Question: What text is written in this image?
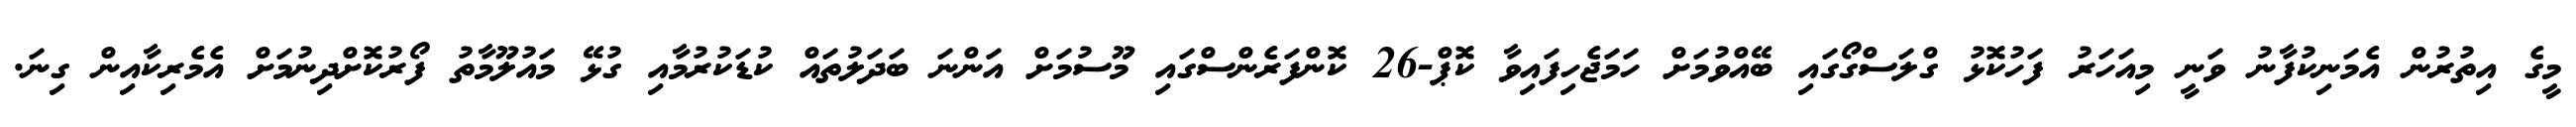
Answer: މީގެ އިތުރުން އެމަނިކުފާނު ވަނީ މިއަހަރު ފަހުކޮޅު ގްލަސްގޯގައި ބޭއްވުމަށް ހަމަޖެހިފައިވާ ކޮޕް-26 ކޮންފަރެންސްގައި މޫސުމަށް އަންނަ ބަދަލުތައް ކުޑަކުރުމާއި ގުޅޭ މައުލޫމާތު ފޯރުކޮށްދިނުމަށް އެމެރިކާއިން ގިނަ.